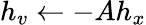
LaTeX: h_{v}\leftarrow-Ah_{x}